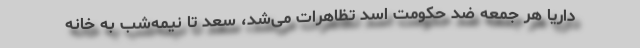
داریا هر جمعه ضد حکومت اسد تظاهرات می‌شد، سعد تا نیمه‌شب به خانه